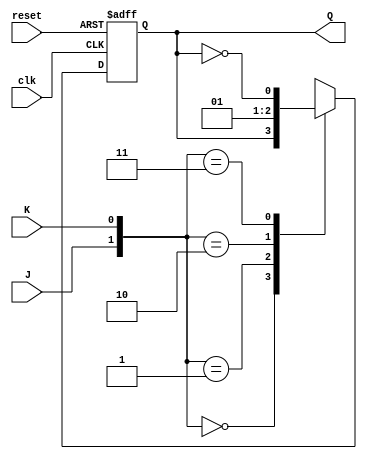
module neg_edge_triggered_JK_flipflop (
    input J, 
    input K, 
    input clk, 
    input reset, 
    output reg Q
);

always @(negedge clk or posedge reset) begin
    if (reset) begin
        Q <= 1'b0;
    end else begin
        case ({J, K})
            2'b00: Q <= Q;
            2'b01: Q <= 1'b0;
            2'b10: Q <= 1'b1;
            2'b11: Q <= ~Q;
        endcase
    end
end

endmodule